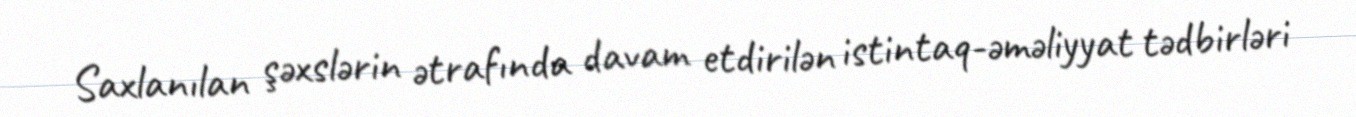
Saxlanılan şəxslərin ətrafında davam etdirilən istintaq-əməliyyat tədbirləri